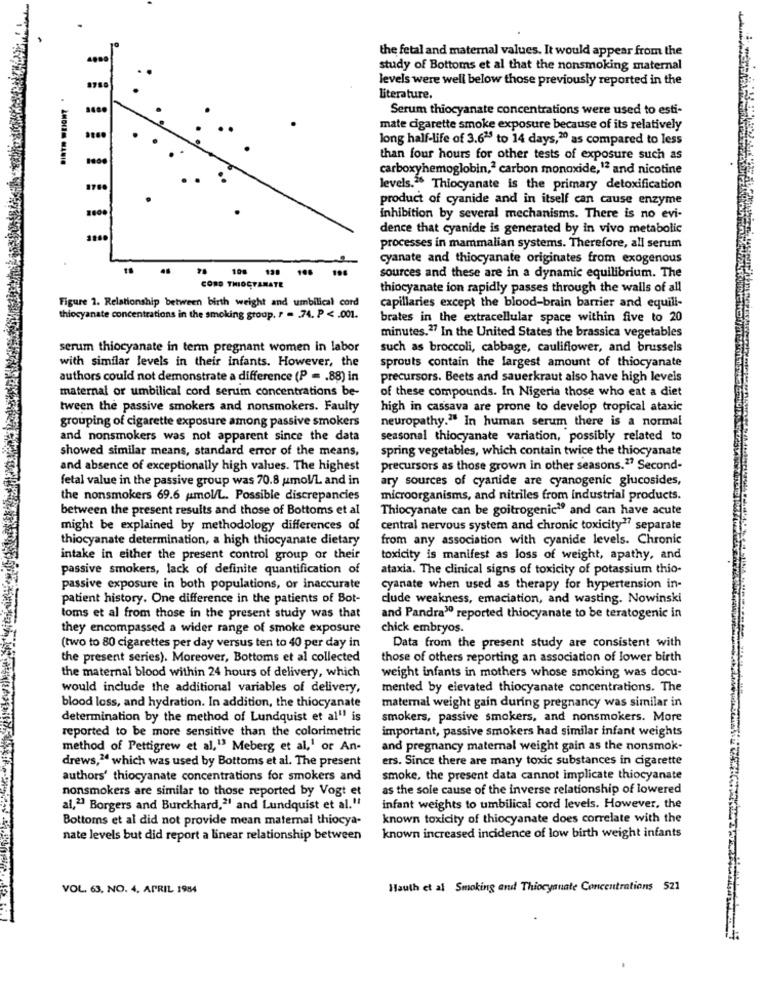
the fetal and maternal values. It would appear from the
study of Bottoms et al that the nonsmoking maternal
levels were well below those previously reported in the
literature.
Serum thiocyanate concentrations were used to esti-
mate cigarette smoke exposure because of its relatively
....
.
long half-life of 3.6"5 to 14 days,20 as compared to less
than four hours for other tests of exposure such as
carboxyhemoglobin,2 carbon monoxide,12 and nicotine
1780
levels." Thiocyanate is the primary detoxification
product of cyanide and in itself can cause enzyme
inhibition by several mechanisms. There is no evi-
dence that cyanide is generated by in vivo metabolic
processes in mammalian systems. Therefore, all serum
cyanate and thiocyanate originates from exogenous
108 12.
198
sources and these are in a dynamic equilibrium. The
CORD THIOCTANATE
thiocyanate ion rapidly passes through the walls of all
Figure 1. Relationship between birth weight and umbilical cord
capillaries except the blood-brain barrier and equill-
thiocyanate concentrations in the smoking group. r = 74. P < . 001.
brates in the extracellular space within five to 20
minutes."7 In the United States the brassica vegetables
serum thiocyanate in term pregnant women in labor
such as broccoli, cabbage, cauliflower, and brussels
with similar levels in their infants. However, the
sprouts contain the largest amount of thiocyanate
authors could not demonstrate a difference (P = . 88) in
precursors. Beets and sauerkraut also have high levels
maternal or umbilical cord serum concentrations be-
of these compounds. In Nigeria those who eat a diet
tween the passive smokers and nonsmokers. Faulty
high in cassava are prone to develop tropical ataxic
grouping of cigarette exposure among passive smokers
neuropathy." In human serum there is a normal
and nonsmokers was not apparent since the data
seasonal thiocyanate variation, possibly related to
showed similar means, standard error of the means,
spring vegetables, which contain twice the thiocyanate
and absence of exceptionally high values. The highest
precursors as those grown in other seasons." Second-
fetal value in the passive group was 70.8 umol/L and in
ary sources of cyanide are cyanogenic glucosides,
the nonsmokers 69.6 umol/L. Possible discrepancies
microorganisms, and nitriles from industrial products.
between the present results and those of Bottoms et al
Thiocyanate can be goitrogenic" and can have acute
might be explained by methodology differences of
central nervous system and chronic toxicity ?? separate
thiocyanate determination, a high thiocyanate dietary
from any association with cyanide levels. Chronic
intake in either the present control group or their
toxicity is manifest as loss of weight, apathy, and
passive smokers, lack of definite quantification of
ataxia. The clinical signs of toxicity of potassium thio-
passive exposure in both populations, or inaccurate
cyanate when used as therapy for hypertension in-
patient history. One difference in the patients of Bot-
clude weakness, emaciation, and wasting. Nowinski
loms et al from those in the present study was that
and Pandra10 reported thiocyanate to be teratogenic in
they encompassed a wider range of smoke exposure
chick embryos.
(two to 80 cigarettes per day versus ten to 40 per day in
Data from the present study are consistent with
the present series). Moreover, Bottoms et al collected
those of others reporting an association of lower birth
the maternal blood within 24 hours of delivery, which
weight infants in mothers whose smoking was docu-
would include the additional variables of delivery,
mented by elevated thiocyanate concentrations. The
blood loss, and hydration. In addition, the thiocyanate
maternal weight gain during pregnancy was similar in
determination by the method of Lundquist et al" is
smokers, passive smokers, and nonsmokers. More
reported to be more sensitive than the colorimetric
important, passive smokers had similar infant weights
method of Pettigrew et al," Meberg et al,' or An-
and pregnancy maternal weight gain as the nonsmok-
drews," which was used by Bottoms et al. The present
ers. Since there are many toxic substances in cigarette
authors' thiocyanate concentrations for smokers and
smoke, the present data cannot implicate thiocyanate
nonsmokers are similar to those reported by Vogt et
as the sole cause of the inverse relationship of lowered
al,21 Borgers and Burckhard,2 and Lundquist et al."
infant weights to umbilical cord levels. However, the
Bottoms et al did not provide mean maternal thiocya-
known toxicity of thiocyanate does correlate with the
nate levels but did report a linear relationship between
known increased incidence of low birth weight infants
VOL. 63, NO. 4. APRIL 1984
Hauth et al Smoking and Thiocyanate Concentrations 521